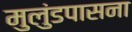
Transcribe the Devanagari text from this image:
मुलुंडपासना